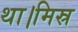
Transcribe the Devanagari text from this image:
था।मिस्र